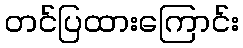
တင်ပြထားကြောင်း